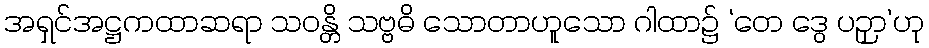
အရှင်အဋ္ဌကထာဆရာ သဝန္တိ သဗ္ဗဓိ သောတာဟူသော ဂါထာ၌ ‘တေ ဒွေ ပဉှာ’ဟု